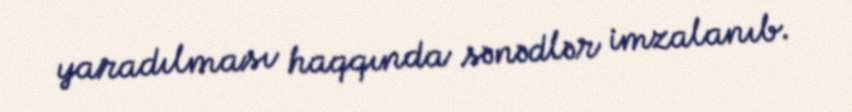
yaradılması haqqında sənədlər imzalanıb.